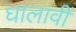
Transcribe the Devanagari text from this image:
घालावीं